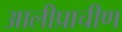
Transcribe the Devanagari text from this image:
आलीप्राचीण